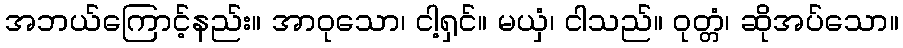
အဘယ်ကြောင့်နည်း။ အာဝုသော၊ ငါ့ရှင်။ မယှံ၊ ငါသည်။ ဝုတ္တံ၊ ဆိုအပ်သော။